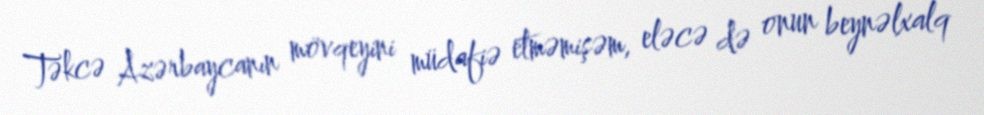
Təkcə Azərbaycanın mövqeyini müdafiə etməmişəm, eləcə də onun beynəlxalq